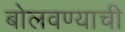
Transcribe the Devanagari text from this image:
बोलवण्याची